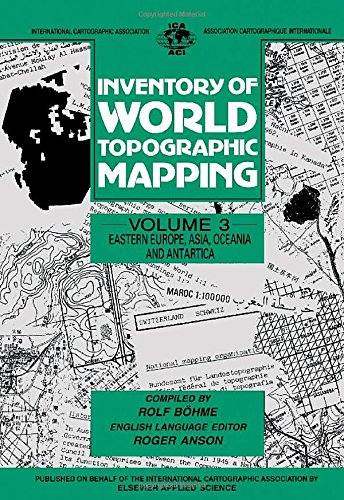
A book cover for Inventory of World Topographic Mapping, Volume 3; R. BÃ¶hme; Travel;